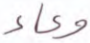
وعاء